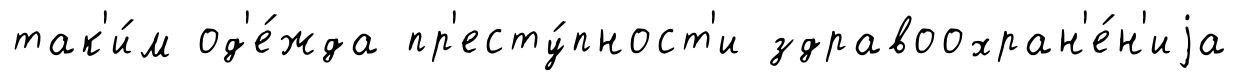
так'и́м од'е́жда пр'есту́пност'и здравоохран'е́н'иjа